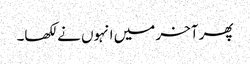
پھر آخر میں انہوں نے لکھا۔